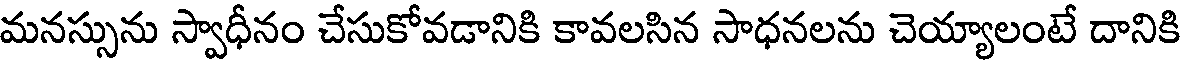
మనస్సును స్వాధీనం చేసుకోవడానికి కావలసిన సాధనలను చెయ్యాలంటే దానికి